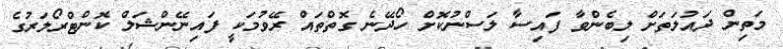
މަތިން ދައުލަތަށް ލިބެންވާ ފައިސާ ލަސްނުކޮށް ހޯދޭނެ ގޮތްތައް ރޭވުމަކީ ފައިނޭންޝަލް ކޮންޓްރޯލަރުގެ